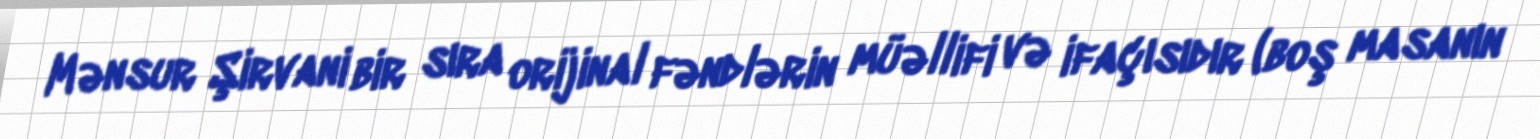
Mənsur Şirvani bir sıra orijinal fəndlərin müəllifi və ifaçısıdır (boş masanın